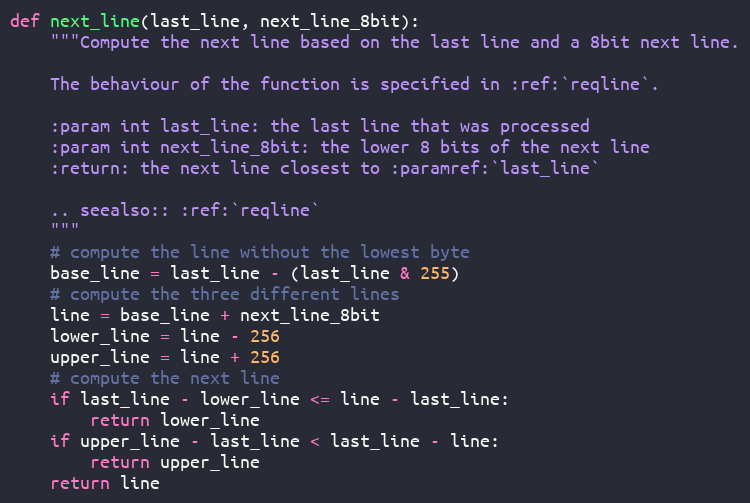
Language: Python
def next_line(last_line, next_line_8bit):
    """Compute the next line based on the last line and a 8bit next line.

    The behaviour of the function is specified in :ref:`reqline`.

    :param int last_line: the last line that was processed
    :param int next_line_8bit: the lower 8 bits of the next line
    :return: the next line closest to :paramref:`last_line`

    .. seealso:: :ref:`reqline`
    """
    # compute the line without the lowest byte
    base_line = last_line - (last_line & 255)
    # compute the three different lines
    line = base_line + next_line_8bit
    lower_line = line - 256
    upper_line = line + 256
    # compute the next line
    if last_line - lower_line <= line - last_line:
        return lower_line
    if upper_line - last_line < last_line - line:
        return upper_line
    return line